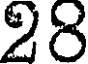
28